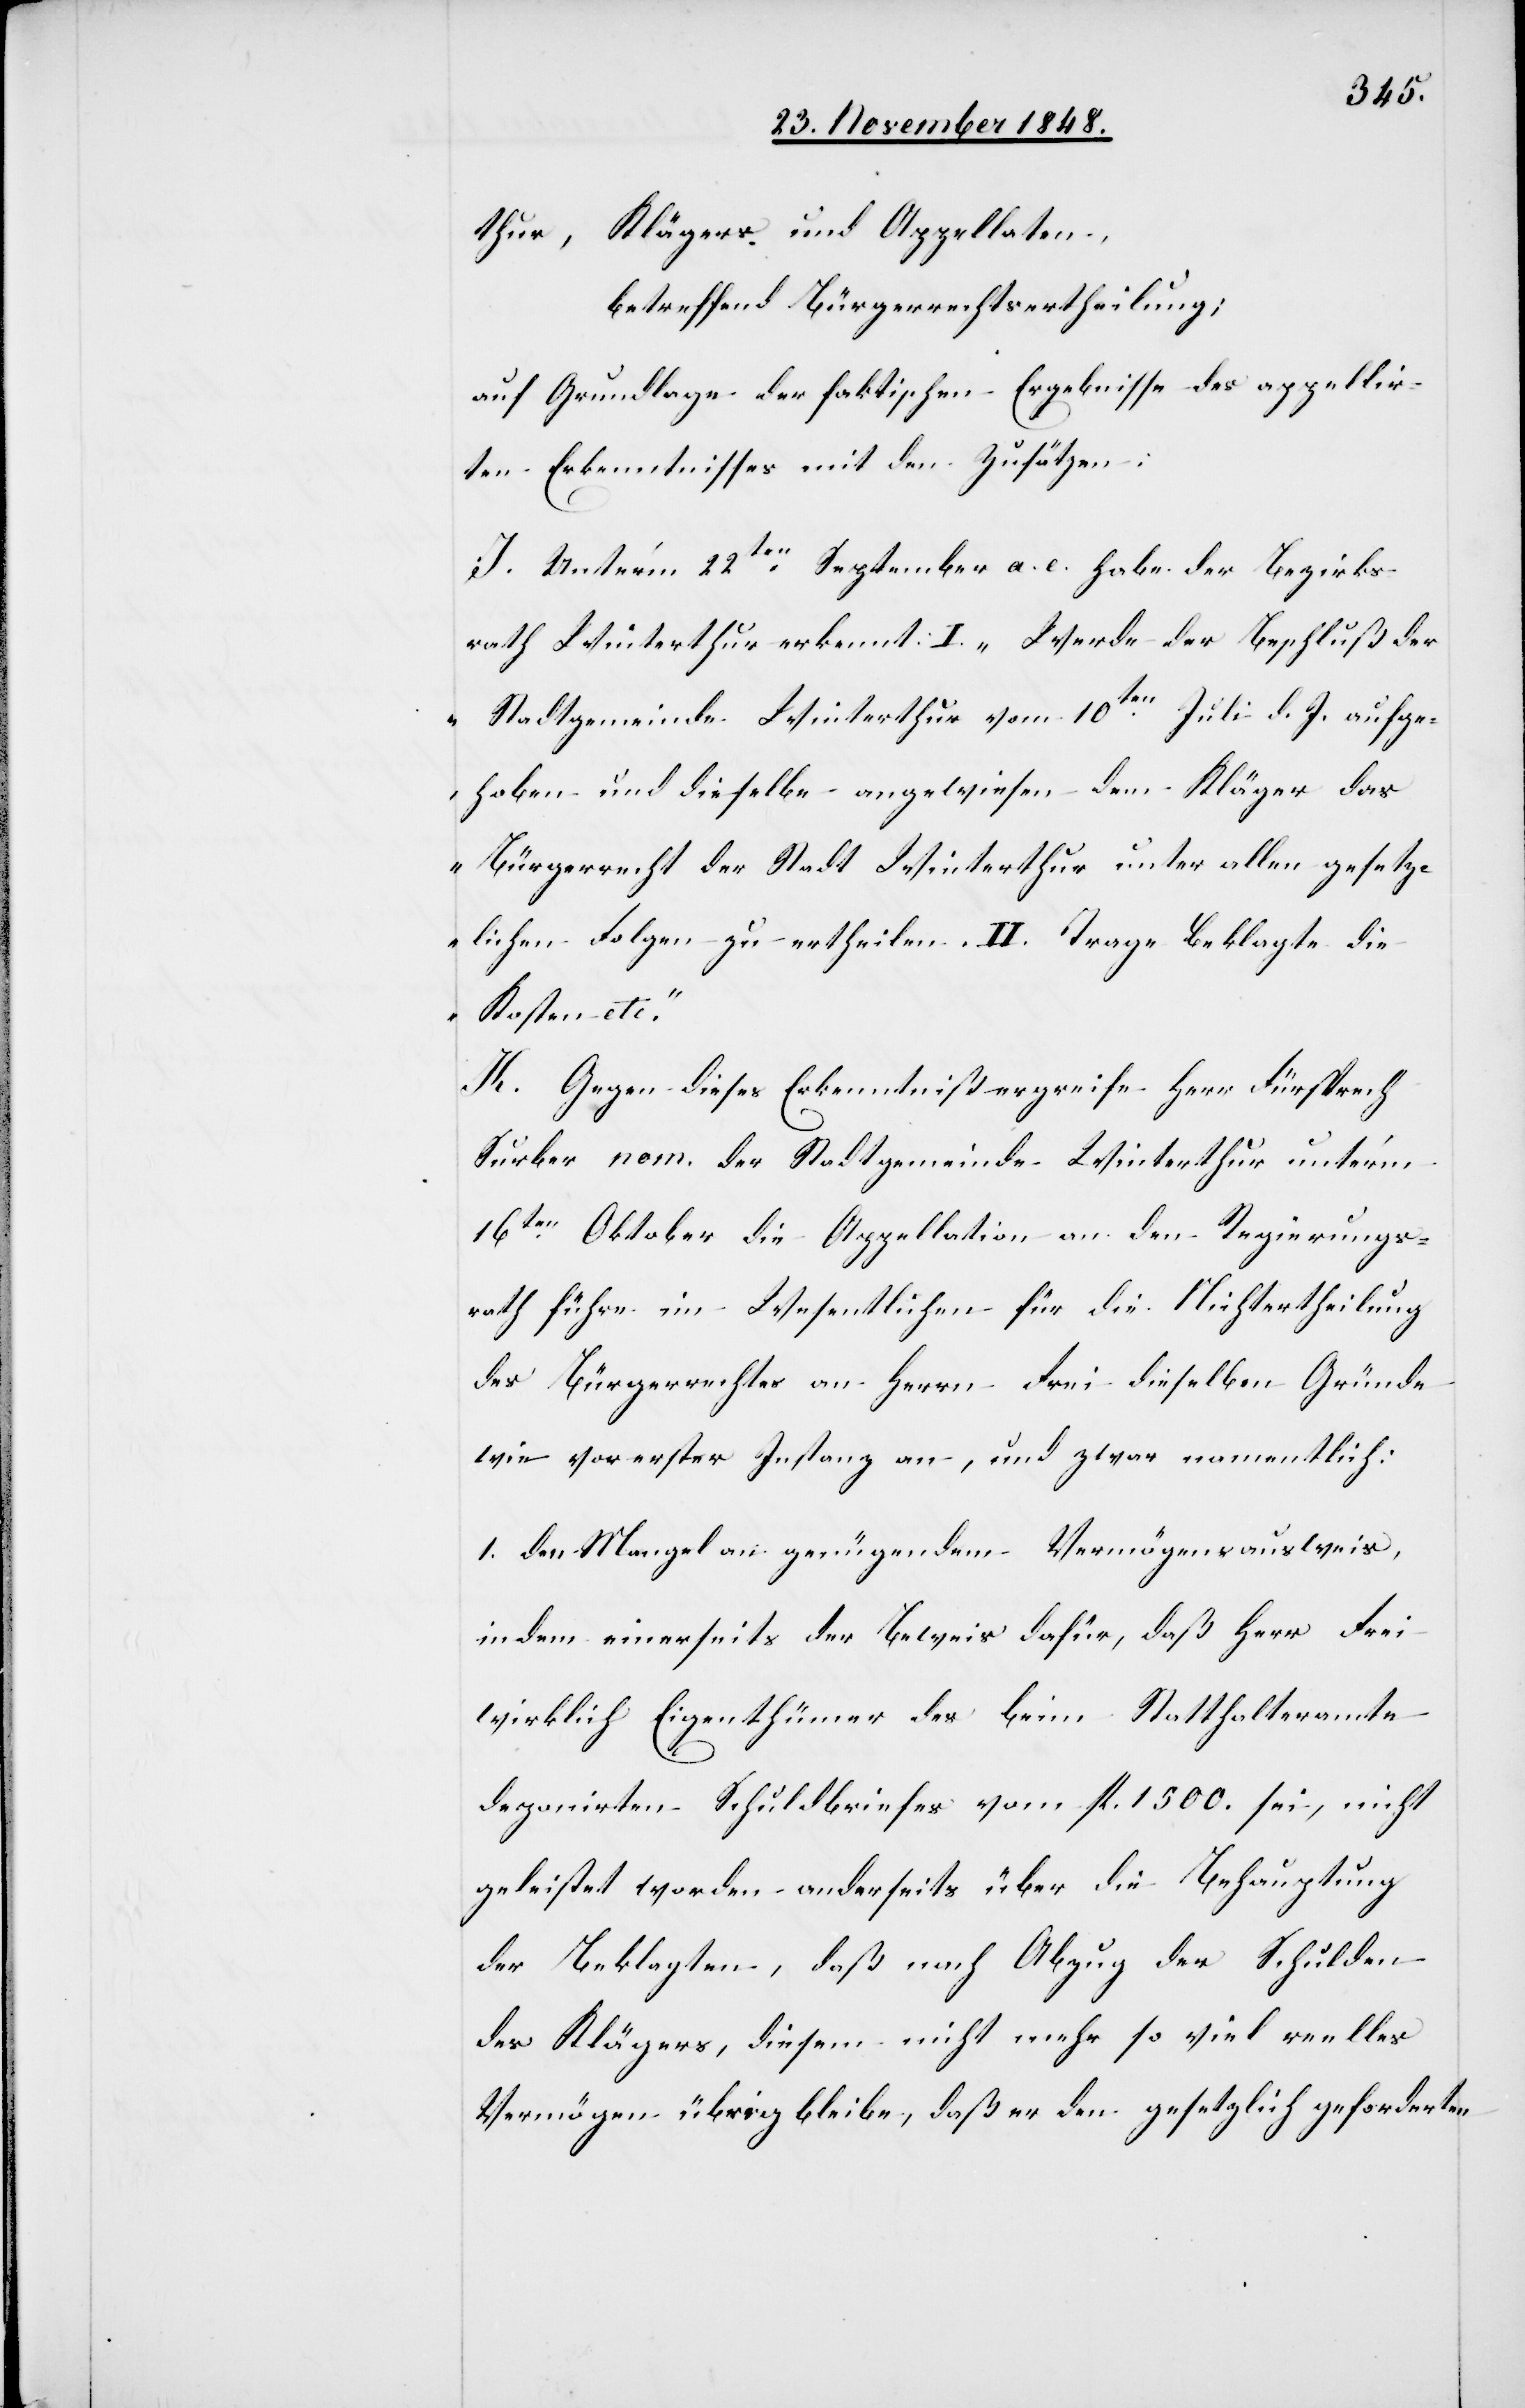
aufg¬

thur, Klägers und Appellaten,
betreffend Bürgerrechtsertheilung;
auf Grundlage der faktischen Ergebnisse des appellir¬
ten Erkenntnisses mit den Zusätzen:
J. Unter’m 22ten September a. c. habe der Bezirks¬
rath Winterthur erkennt: „Werde der Beschluß der
vom
ehoben und dieselbe angewiesen dem Kläger das
Bürgerrecht der Stadt Winterthur unter allen gesetz¬
lichen Folgen zu ertheilen. II. Trage Beklagte die
Kosten etc.“
K. Gegen diese Erkenntniß ergreife Herr Fürsprech
Surber nom. der Stadtgemeinde Winterthur unter’m
16ten Oktober die Appellation an den Regierungs¬
rath führe im Wesentlichen für die Nichteretheilung
des Bürgerrechtes an Herrn Frei dieselben Gründe
wie vor erster Instanz an, und zwar namentlich:
1. den Mangel an genügendem Vermögensausweis,
indem einerseits der Beweis dafür, daß Herr Frei
wirklich Eigenthümer des beim Statthalteramte
deponirten Schuldbriefes vom fl. 1500. sei, nicht
geleistet worden anderseits über die Behauptung
der Beklagten, daß nach Abzug der Schulden
des Klägers, diesem nicht mehr so viel reelles
Vermögen übrig bleibe, daß er den gesetzlich geforderten